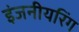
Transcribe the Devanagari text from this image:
इंजनीयरिंग